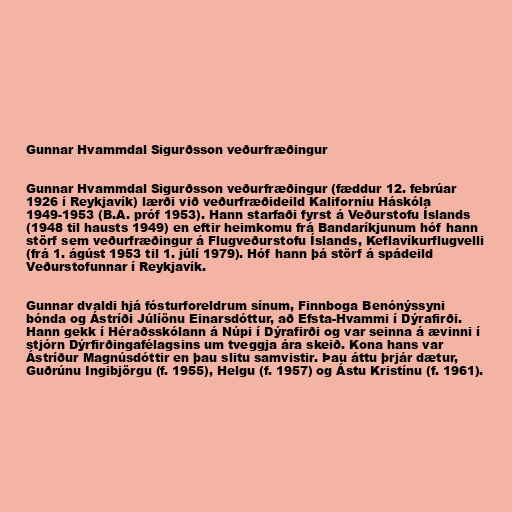
Gunnar Hvammdal Sigurðsson veðurfræðingur

Gunnar Hvammdal Sigurðsson veðurfræðingur (fæddur 12. febrúar
1926 í Reykjavík) lærði við veðurfræðideild Kaliforníu Háskóla
1949-1953 (B.A. próf 1953). Hann starfaði fyrst á Veðurstofu Íslands
(1948 til hausts 1949) en eftir heimkomu frá Bandaríkjunum hóf hann
störf sem veðurfræðingur á Flugveðurstofu Íslands, Keflavíkurflugvelli
(frá 1. ágúst 1953 til 1. júlí 1979). Hóf hann þá störf á spádeild
Veðurstofunnar í Reykjavík.

Gunnar dvaldi hjá fósturforeldrum sínum, Finnboga Benónýssyni
bónda og Ástríði Júlíönu Einarsdóttur, að Efsta-Hvammi í Dýrafirði.
Hann gekk í Héraðsskólann á Núpi í Dýrafirði og var seinna á ævinni í
stjórn Dýrfirðingafélagsins um tveggja ára skeið. Kona hans var
Ástríður Magnúsdóttir en þau slitu samvistir. Þau áttu þrjár dætur,
Guðrúnu Ingibjörgu (f. 1955), Helgu (f. 1957) og Ástu Kristínu (f. 1961).